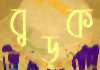
বুড়ক